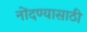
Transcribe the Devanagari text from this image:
नोंदण्यासाठी